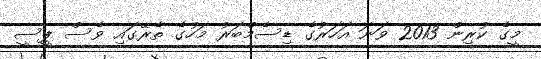
މީގެ ކުރިން 2013 ވަނަ އަހަރުގެ ޑިސެމްބަރު މަހުގެ ތެރޭގައި ވެސް ޕީސީ